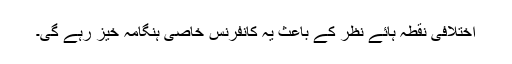
اختلافی نقطہ ہائے نظر کے باعث یہ کانفرنس خاصی ہنگامہ خیز رہے گی۔